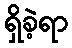
ရှိခဲ့ရာ